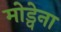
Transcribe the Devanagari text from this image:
मोड्वेना